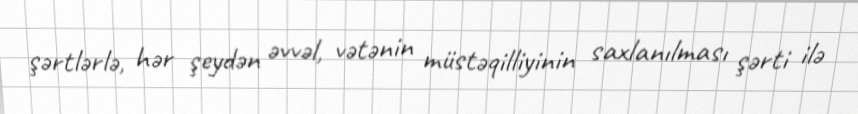
şərtlərlə, hər şeydən əvvəl, vətənin müstəqilliyinin saxlanılması şərti ilə